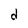
Character: d